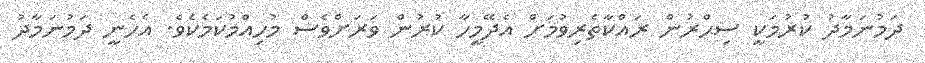
ދަމުނަމާދު ކުރުމަކީ ސިޙްރުން ރައްކާތެރިވުމަށް އެދޭމީހާ ކުރުން ވަރަށްވެސް މުހިއްމުކަމެކެވެ. އެހެނީ ދަމުނަމާދު